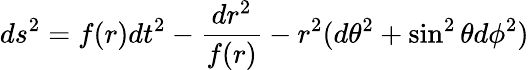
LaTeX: ds^{2}=f(r)dt^{2}-\frac{dr^{2}}{f(r)}-r^{2}(d\theta^{2}+\sin^{2}\theta d\phi^{2})